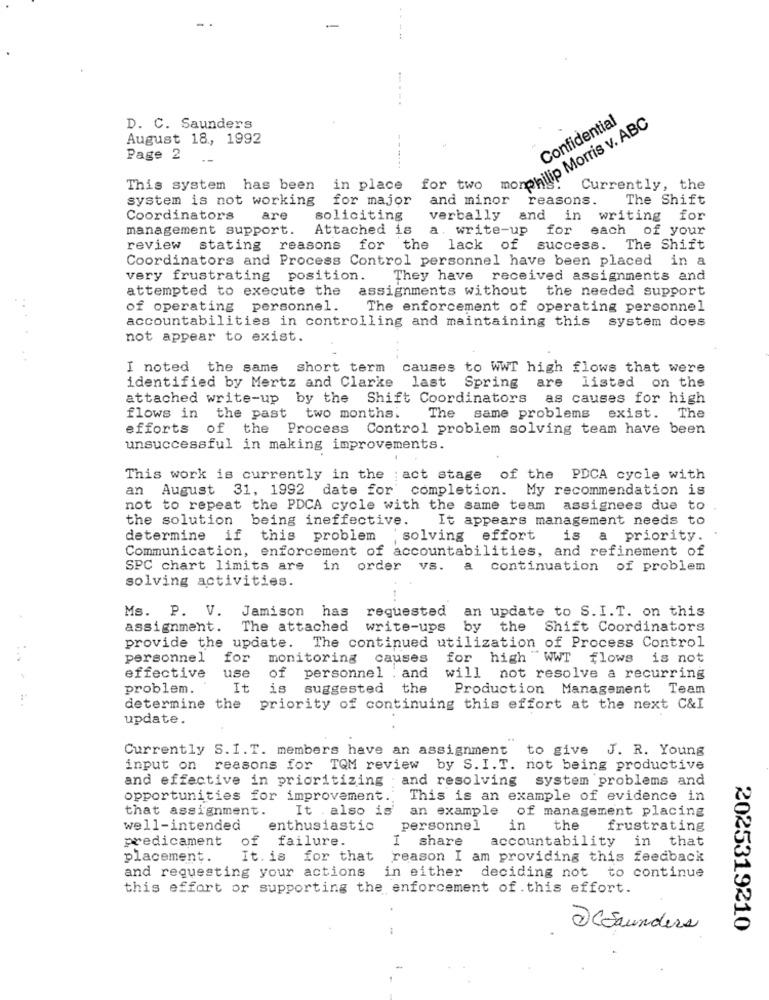
-
-- - -.
Confidential
D. C. Saunders
monphilip Morris v. ABC
August 18 ., 1992
Page 2
This system has been
in place
for two
Currently, the
system is not working
for major
and minor
reasons.
The Shift
Coordinators
are
soliciting
verbally
and
in writing for
management support.
Attached is
a. write-up
for
each of your
review stating reasons for the lack of
success. The Shift
Coordinators and Process Control personnel have been placed in a
very frustrating position. They have received assignments and
attempted to execute the
assignments without the needed support
..
of operating personnel.
The enforcement of operating personnel
accountabilities in controlling and maintaining this system does
not appear to exist.
I noted the same short term
causes to WWT high flows that were
identified by Mertz and Clarke last
Spring are
listed on the
attached write-up by the Shift Coordinators
as causes for high
flows in the past
two months.
The same problems exist. The
efforts of the
Process Control problem solving team have been
unsuccessful in making improvements.
This work is currently in the act stage of the PDCA cycle with
an August 31, 1992 date for completion. My recommendation is
not to repeat the PDCA cycle with the same team
assignees due t
the solution being ineffective.
It appears management needs to
determine if this problem solving effort
is a priority.
Communication, enforcement of accountabilities, and refinement of
SPC chart limits are in order
VS. a continuation of problem
solving activities.
Ms. P. V. Jamison has requested
an update to S. I.T. on this
assignment. The attached write-ups
by the Shift Coordinators
provide the update. The continued utilization of Process Control
personnel for
monitoring causes
for high WWT flows is not
effective use
of personnel . and
will not resolve a recurring
problem.
It
is
suggested the
Production Management Team
determine the priority of continuing this effort at the next C&I
update.
Currently S.I.T. members have an assignment to give J. R. Young
input on reasons for TQM review by S. I.T. not being productive
and effective in prioritizing ; and resolving system problems and
opportunities for improvement. This is an example of evidence in
that assignment.
It . also is
an example of management placing
well-intended
enthusiastic
personnel
in
the
frustrating
predicament
of failure.
I share
accountability
in that
placement.
It. is for that
reason I am providing this feedback
and requesting your actions in either
deciding not to continue
this effort or supporting the enforcement of . this effort.
2 CSaunders
2025319210